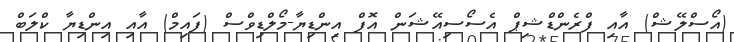
(އޯސްލޭޝް) އާއި ފްރެންޑްޝިޕް އެސޯސިއޭޝަން އޮފް އިންޑިޔާ-މޯލްޑިވްސް (ފައިމް) އާއި އިންޑިޔާ ކްލަބް